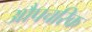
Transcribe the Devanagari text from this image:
औपचरिक